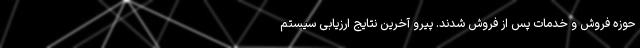
حوزه فروش و خدمات پس از فروش شدند. پیرو آخرین نتایج ارزیابی سیستم